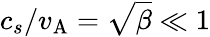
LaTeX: c_{s}/v_{\mathrm{A}}=\sqrt{\beta}\ll 1